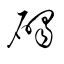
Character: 碣